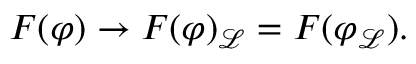
F ( \varphi ) \to F ( \varphi ) _ { \mathcal { L } } = F ( \varphi _ { \mathcal { L } } ) .